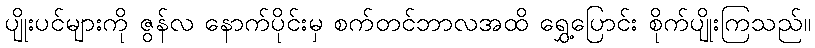
ပျိုးပင်များကို ဇွန်လ နောက်ပိုင်းမှ စက်တင်ဘာလအထိ ရွှေ့ပြောင်း စိုက်ပျိုးကြသည်။